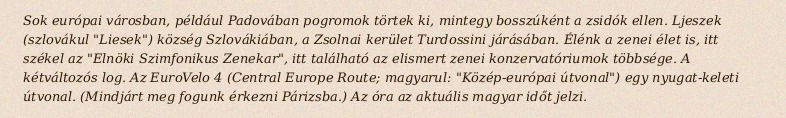
Sok európai városban, például Padovában pogromok törtek ki, mintegy bosszúként a zsidók ellen. Ljeszek (szlovákul "Liesek") község Szlovákiában, a Zsolnai kerület Turdossini járásában. Élénk a zenei élet is, itt székel az "Elnöki Szimfonikus Zenekar", itt található az elismert zenei konzervatóriumok többsége. A kétváltozós log. Az EuroVelo 4 (Central Europe Route; magyarul: "Közép-európai útvonal") egy nyugat-keleti útvonal. (Mindjárt meg fogunk érkezni Párizsba.) Az óra az aktuális magyar időt jelzi.